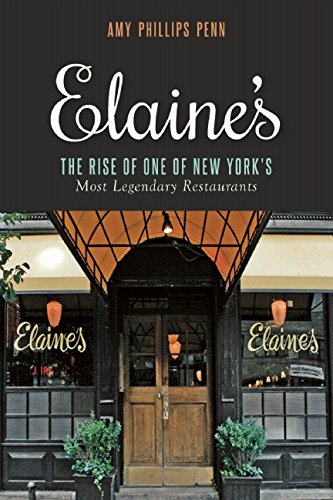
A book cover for Elaine's: The Rise of One of New YorkEEs Most Legendary Restaurants from Those Who Were There; Amy Phillips Penn; Cookbooks, Food & Wine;